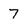
Character: 7